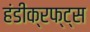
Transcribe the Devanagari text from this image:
हंडीक्रफ्ट्स